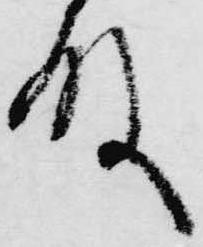
殿